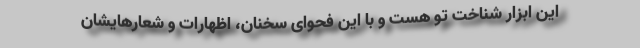
این ابزار شناخت تو هست و با این فحوای سخنان، اظهارات و شعارهایشان